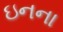
ઇનના